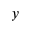
y